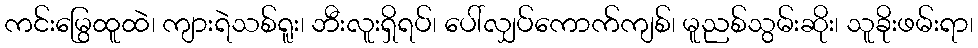
ကင်းမြွေထူထဲ၊ ကျားရဲသစ်ရူး၊ ဘီးလူးရှိရပ်၊ ပေါ်လျှပ်ကောက်ကျစ်၊ မူညစ်သွမ်းဆိုး၊ သူခိုးဖမ်းရာ၊